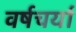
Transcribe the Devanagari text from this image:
वर्षचर्या